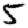
Digit: 5